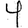
Digit: 4